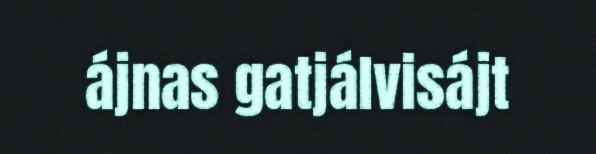
ájnas gatjálvisájt